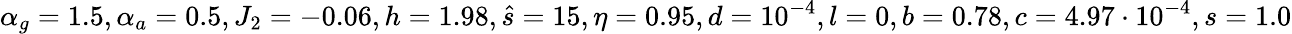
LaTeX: \alpha_{g}=1.5,\alpha_{a}=0.5,J_{2}=-0.06,h=1.98,\hat{s}=15,\eta=0.95,d=10^{-4},l=0,b=0.78,c=4.97\cdot 10^{-4},s=1.0